Indian journal of veterinary science and animal husbandry - Volumes 22-23, 1952-1953
Year: 1952
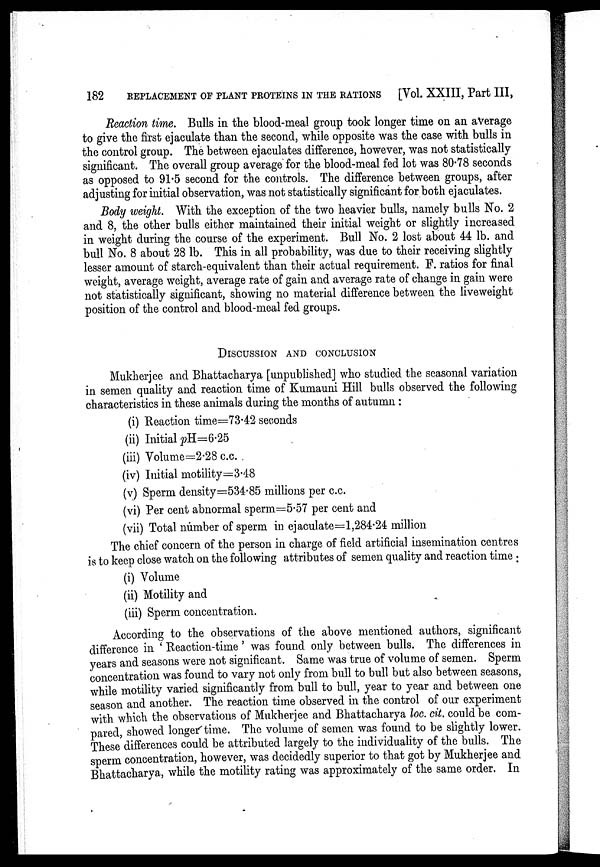
182
REPLACEMENT OF PLANT PROTEINS IN THE RATIONS [Vol. XXIII, Part III,
Reaction time. Bulls in the blood-meal group took longer time on an average
to give the first ejaculate than the second, while opposite was the case with bulls in
the control group. The between ejaculates difference, however, was not statistically
significant. The overall group average for the blood-meal fed lot was 80.78 seconds
as opposed to 91.5 second for the controls. The difference between groups, after
adjusting for initial observation, was not statistically significant for both ejaculates.
Body weight. With the exception of the two heavier bulls, namely bulls No. 2
and 8, the other bulls either maintained their initial weight or slightly increased
in weight during the course of the experiment. Bull No. 2 lost about 44 lb. and
bull No. 8 about 28 lb. This in all probability, was due to their receiving slightly
lesser amount of starch-equivalent than their actual requirement. F. ratios for final
weight, average weight, average rate of gain and average rate of change in gain were
not statistically significant, showing no material difference between the liveweight
position of the control and blood-meal fed groups.
DISCUSSION AND CONCLUSION
Mukherjee and Bhattacharya [unpublished] who studied the seasonal variation
in semen quality and reaction time of Kumauni Hill bulls observed the following
characteristics in these animals during the months of autumn :
(i) Reaction time=73.42 seconds
(ii) Initial pH=6.25
(iii) Volume=2.28 c.c.
(iv) Initial motility=3.48
(v) Sperm density=534.85 millions per c.c.
(vi) Per cent abnormal sperm=5.57 per cent and
(vii) Total number of sperm in ejaculate=1,284.24 million
The chief concern of the person in charge of field artificial insemination centres
is to keep close watch on the following attributes of semen quality and reaction time:
(i) Volume
(ii) Motility and
(iii) Sperm concentration.
According to the observations of the above mentioned authors, significant
difference in 'Reaction-time' was found only between bulls. The differences in
years and seasons were not significant. Same was true of volume of semen. Sperm
concentration was found to vary not only from bull to bull but also between seasons,
while motility varied significantly from bull to bull, year to year and between one
season and another. The reaction time observed in the control of our experiment
with which the observations of Mukherjee and Bhattacharya loc. cit. could be com-
pared, showed longer time. The volume of semen was found to be slightly lower.
These differences could be attributed largely to the individuality of the bulls. The
sperm concentration, however, was decidedly superior to that got by Mukherjee and
Bhattacharya, while the motility rating was approximately of the same order. In